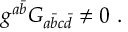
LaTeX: g ^ { a { \bar { b } } } G _ { a { \bar { b } } c { \bar { d } } } \ne 0 \ .